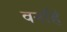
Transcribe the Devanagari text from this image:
वनहिं